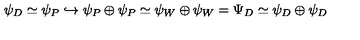
\psi _ { D } \simeq \psi _ { P } \hookrightarrow \psi _ { P } \oplus \psi _ { P } \simeq \psi _ { W } \oplus \psi _ { W } = \Psi _ { D } \simeq \psi _ { D } \oplus \psi _ { D }